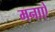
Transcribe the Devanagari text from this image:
मनाऐ